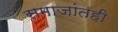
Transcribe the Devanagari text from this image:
समाजांतही